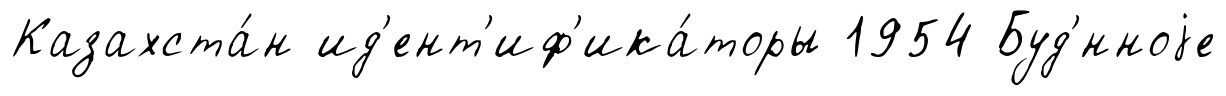
Казахста́н ид'ент'иф'ика́торы 1954 Буд'́нноjе